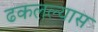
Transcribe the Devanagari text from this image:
ढकलल्यास